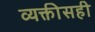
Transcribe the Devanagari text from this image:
व्यक्तीसही